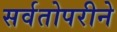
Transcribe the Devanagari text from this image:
सर्वतोपरीने